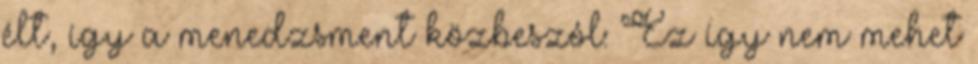
élt, így a menedzsment közbeszól: Ez így nem mehet